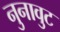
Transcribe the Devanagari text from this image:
नुनावुट